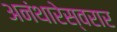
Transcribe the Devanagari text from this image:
अनंथारेस्वरार